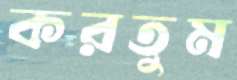
করতুম